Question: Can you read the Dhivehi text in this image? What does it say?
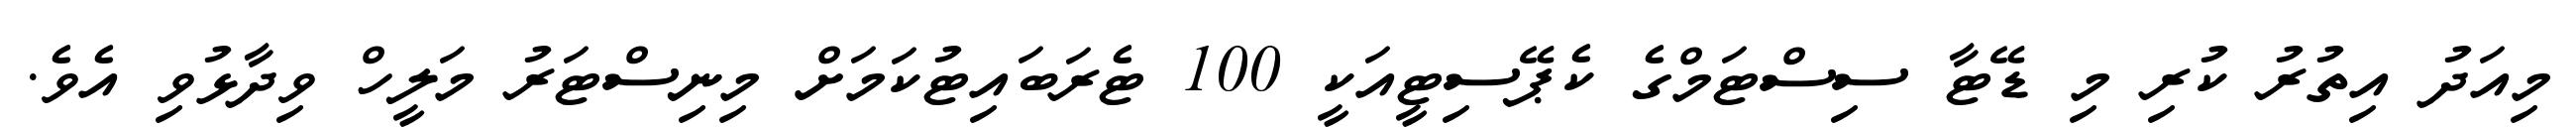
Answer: މިއަދު އިތުރު ކުރި މި ޑޭޓާ ސިސްޓަމްގެ ކެޕޭސިޓީއަކީ 100 ޓެރަބައިޓުކަމަށް މިނިސްޓަރު މަލީހް ވިދާޅުވި އެވެ.